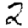
Digit: 2